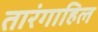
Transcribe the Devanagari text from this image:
तारंगाहिल